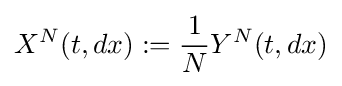
X^{N}(t,dx):={\frac {1}{N}}Y^{N}(t,dx)